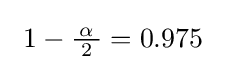
\ 1-{\tfrac {\!\ \alpha \!\ }{2}}=0.975\